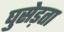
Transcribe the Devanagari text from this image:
घुसेड़ता